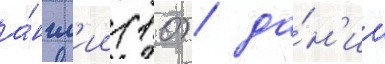
а́нгл'ии (10) / да́н'ии